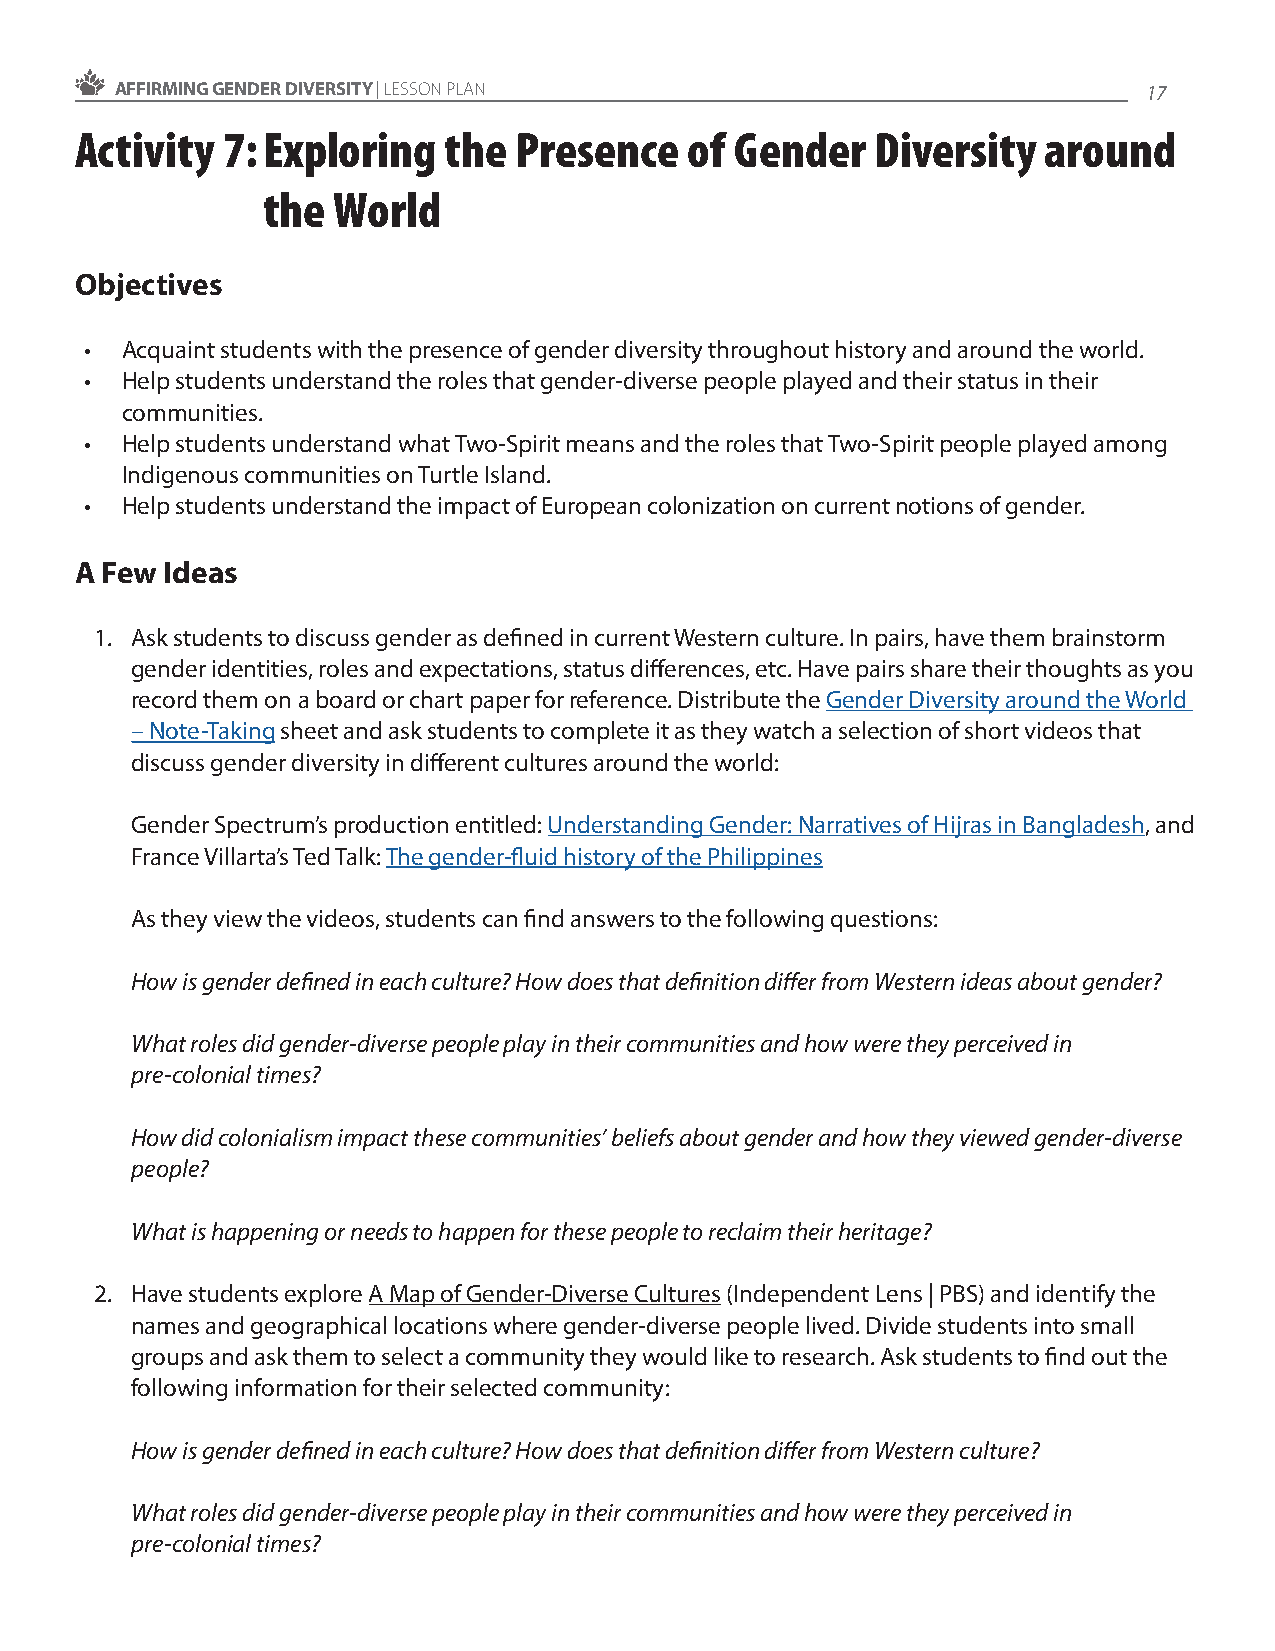
AFFIRMING GENDER DIVERSITY | LESSON PLAN                            17
 Activity  7: Exploring  the  Presence    of Gender   Diversity  around
 the  World
 Objectives
 • Acquaint students with the presence of gender diversity throughout history and around the world.
 • Help students understand the roles that gender-diverse people played and their status in their
 communities.
 • Help students understand what Two-Spirit means and the roles that Two-Spirit people played among
 Indigenous communities on Turtle Island.
 • Help students understand the impact of European colonization on current notions of gender.
 A Few Ideas
 1. Ask students to discuss gender as defined in current Western culture. In pairs, have them brainstorm
 gender identities, roles and expectations, status differences, etc. Have pairs share their thoughts as you
 record them on a board or chart paper for reference. Distribute the Gender Diversity around the World
 – Note-Taking sheet and ask students to complete it as they watch a selection of short videos that
 discuss gender diversity in different cultures around the world:
 Gender Spectrum’s production entitled: Understanding Gender: Narratives of Hijras in Bangladesh, and
 France Villarta’s Ted Talk: The gender-fluid history of the Philippines
 As they view the videos, students can find answers to the following questions:
 How is gender defined in each culture? How does that definition differ from Western ideas about gender?
 What roles did gender-diverse people play in their communities and how were they perceived in
 pre-colonial times?
 How did colonialism impact these communities’ beliefs about gender and how they viewed gender-diverse
 people?
 What is happening or needs to happen for these people to reclaim their heritage?
 2. Have students explore A Map of Gender-Diverse Cultures (Independent Lens | PBS) and identify the
 names and geographical locations where gender-diverse people lived. Divide students into small
 groups and ask them to select a community they would like to research. Ask students to find out the
 following information for their selected community:
 How is gender defined in each culture? How does that definition differ from Western culture?
 What roles did gender-diverse people play in their communities and how were they perceived in
 pre-colonial times?